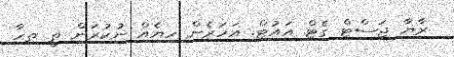
ރާޔާ ޖަސްޓް ގެޓް އައުޓް. އަަހަރެން ހިޔެއް ނުކުރަން ތީ ތިހާ